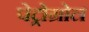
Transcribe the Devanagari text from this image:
पेट्रोग्रोल